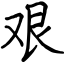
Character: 艰